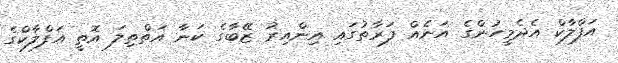
އަފްލާކް އެދެމީހުންގެ އަނެއް ފަރާތުގައި އިންއިރު ޒޭބާގެ ކަނާ އަތްތިލަ އޮތީ އަފްލާކްގެ